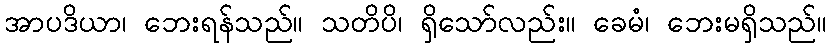
အာပဒိယာ၊ ဘေးရန်သည်။ သတိပိ၊ ရှိသော်လည်း။ ခေမံ၊ ဘေးမရှိသည်။